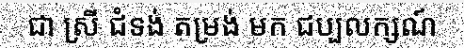
ជា ស្រី ជំទង់ តម្រង់ មក ជប្បលក្សណ៍